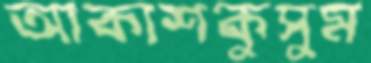
আকাশকুসুম